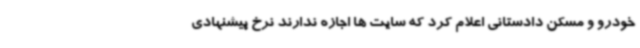
خودرو و مسکن دادستانی اعلام کرد که سایت ها اجازه ندارند نرخ پیشنهادی